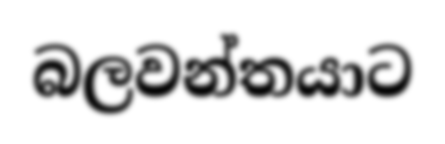
බලවන්තයාට